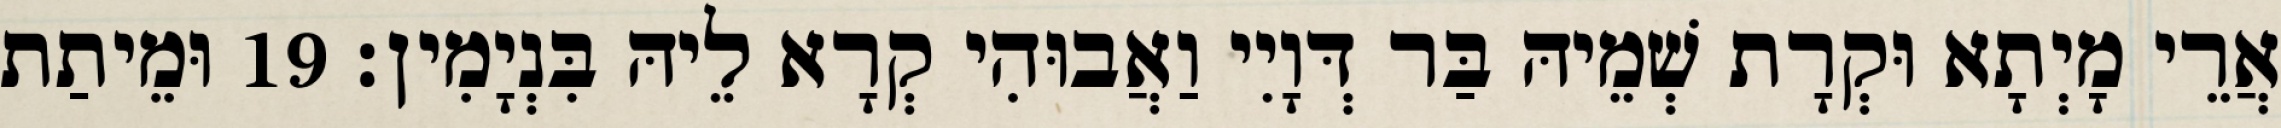
אֲרֵי מָיְתָא וּקְרָת שְׁמֵיהּ בַּר דְּוָיִי וַאֲבוּהִי קְרָא לֵיהּ בִּנְיָמִין׃ 19 וּמֵיתַת